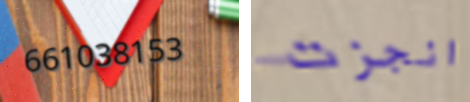
661038153 انجزت